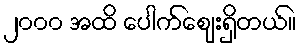
၂၀၀၀ အထိ ပေါက်ဈေးရှိတယ်။